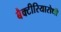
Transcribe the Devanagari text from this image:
बैक्टीरियारोधी